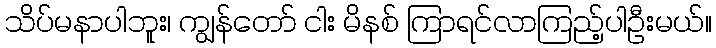
သိပ်မနာပါဘူး၊ ကျွန်တော် ငါး မိနစ် ကြာရင်လာကြည့်ပါဦးမယ်။